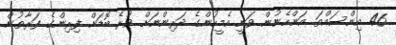
46 އިންސައްތަ އަންހެނުން ވަނީ އެމީހުންގެ ދަރިންނަށް ވުރެ ބޮޑަށް ފިރިންގެ ފަރާތުން